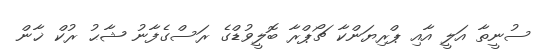
ސުނީތާ އަލީ އާއި ޕްރިޔަންކާ ޗޯޕްރާ ބޮލީވުޑްގެ ރަސްގެފާނު ޝާޙު ރުކް ޚާން